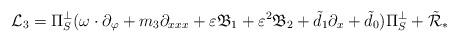
LaTeX: \begin{align*}\mathcal{L}_3=\Pi_S^{\perp} (\omega\cdot\partial_{\varphi}+m_3 \partial_{xxx}+\varepsilon \mathfrak{B}_1+\varepsilon^2 \mathfrak{B}_2+\tilde{d}_1 \partial_x+\tilde{d}_0)\Pi_S^{\perp}+\tilde{\mathcal{R}}_*\end{align*}